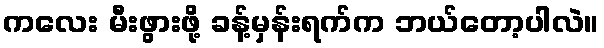
ကလေး မီးဖွားဖို့ ခန့်မှန်းရက်က ဘယ်တော့ပါလဲ။